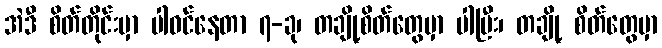
အဲဒီ စိတ်တိုင်းမှာ ပါဝင်နေတာ ၇-ခု၊ တချို့စိတ်တွေမှာ ပါပြီး၊ တချို့ စိတ်တွေမှာ